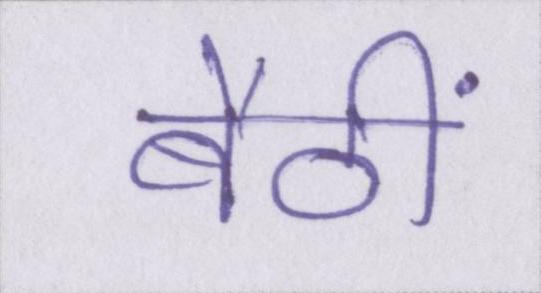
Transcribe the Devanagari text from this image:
बैठीं